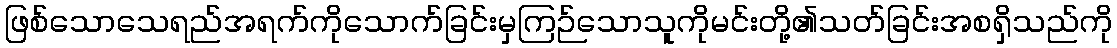
ဖြစ်သောသေရည်အရက်ကိုသောက်ခြင်းမှကြဉ်သောသူကိုမင်းတို့၏သတ်ခြင်းအစရှိသည်ကို